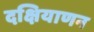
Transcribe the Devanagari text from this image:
दक्षियाणन